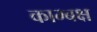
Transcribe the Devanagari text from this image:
काम्बक्ष